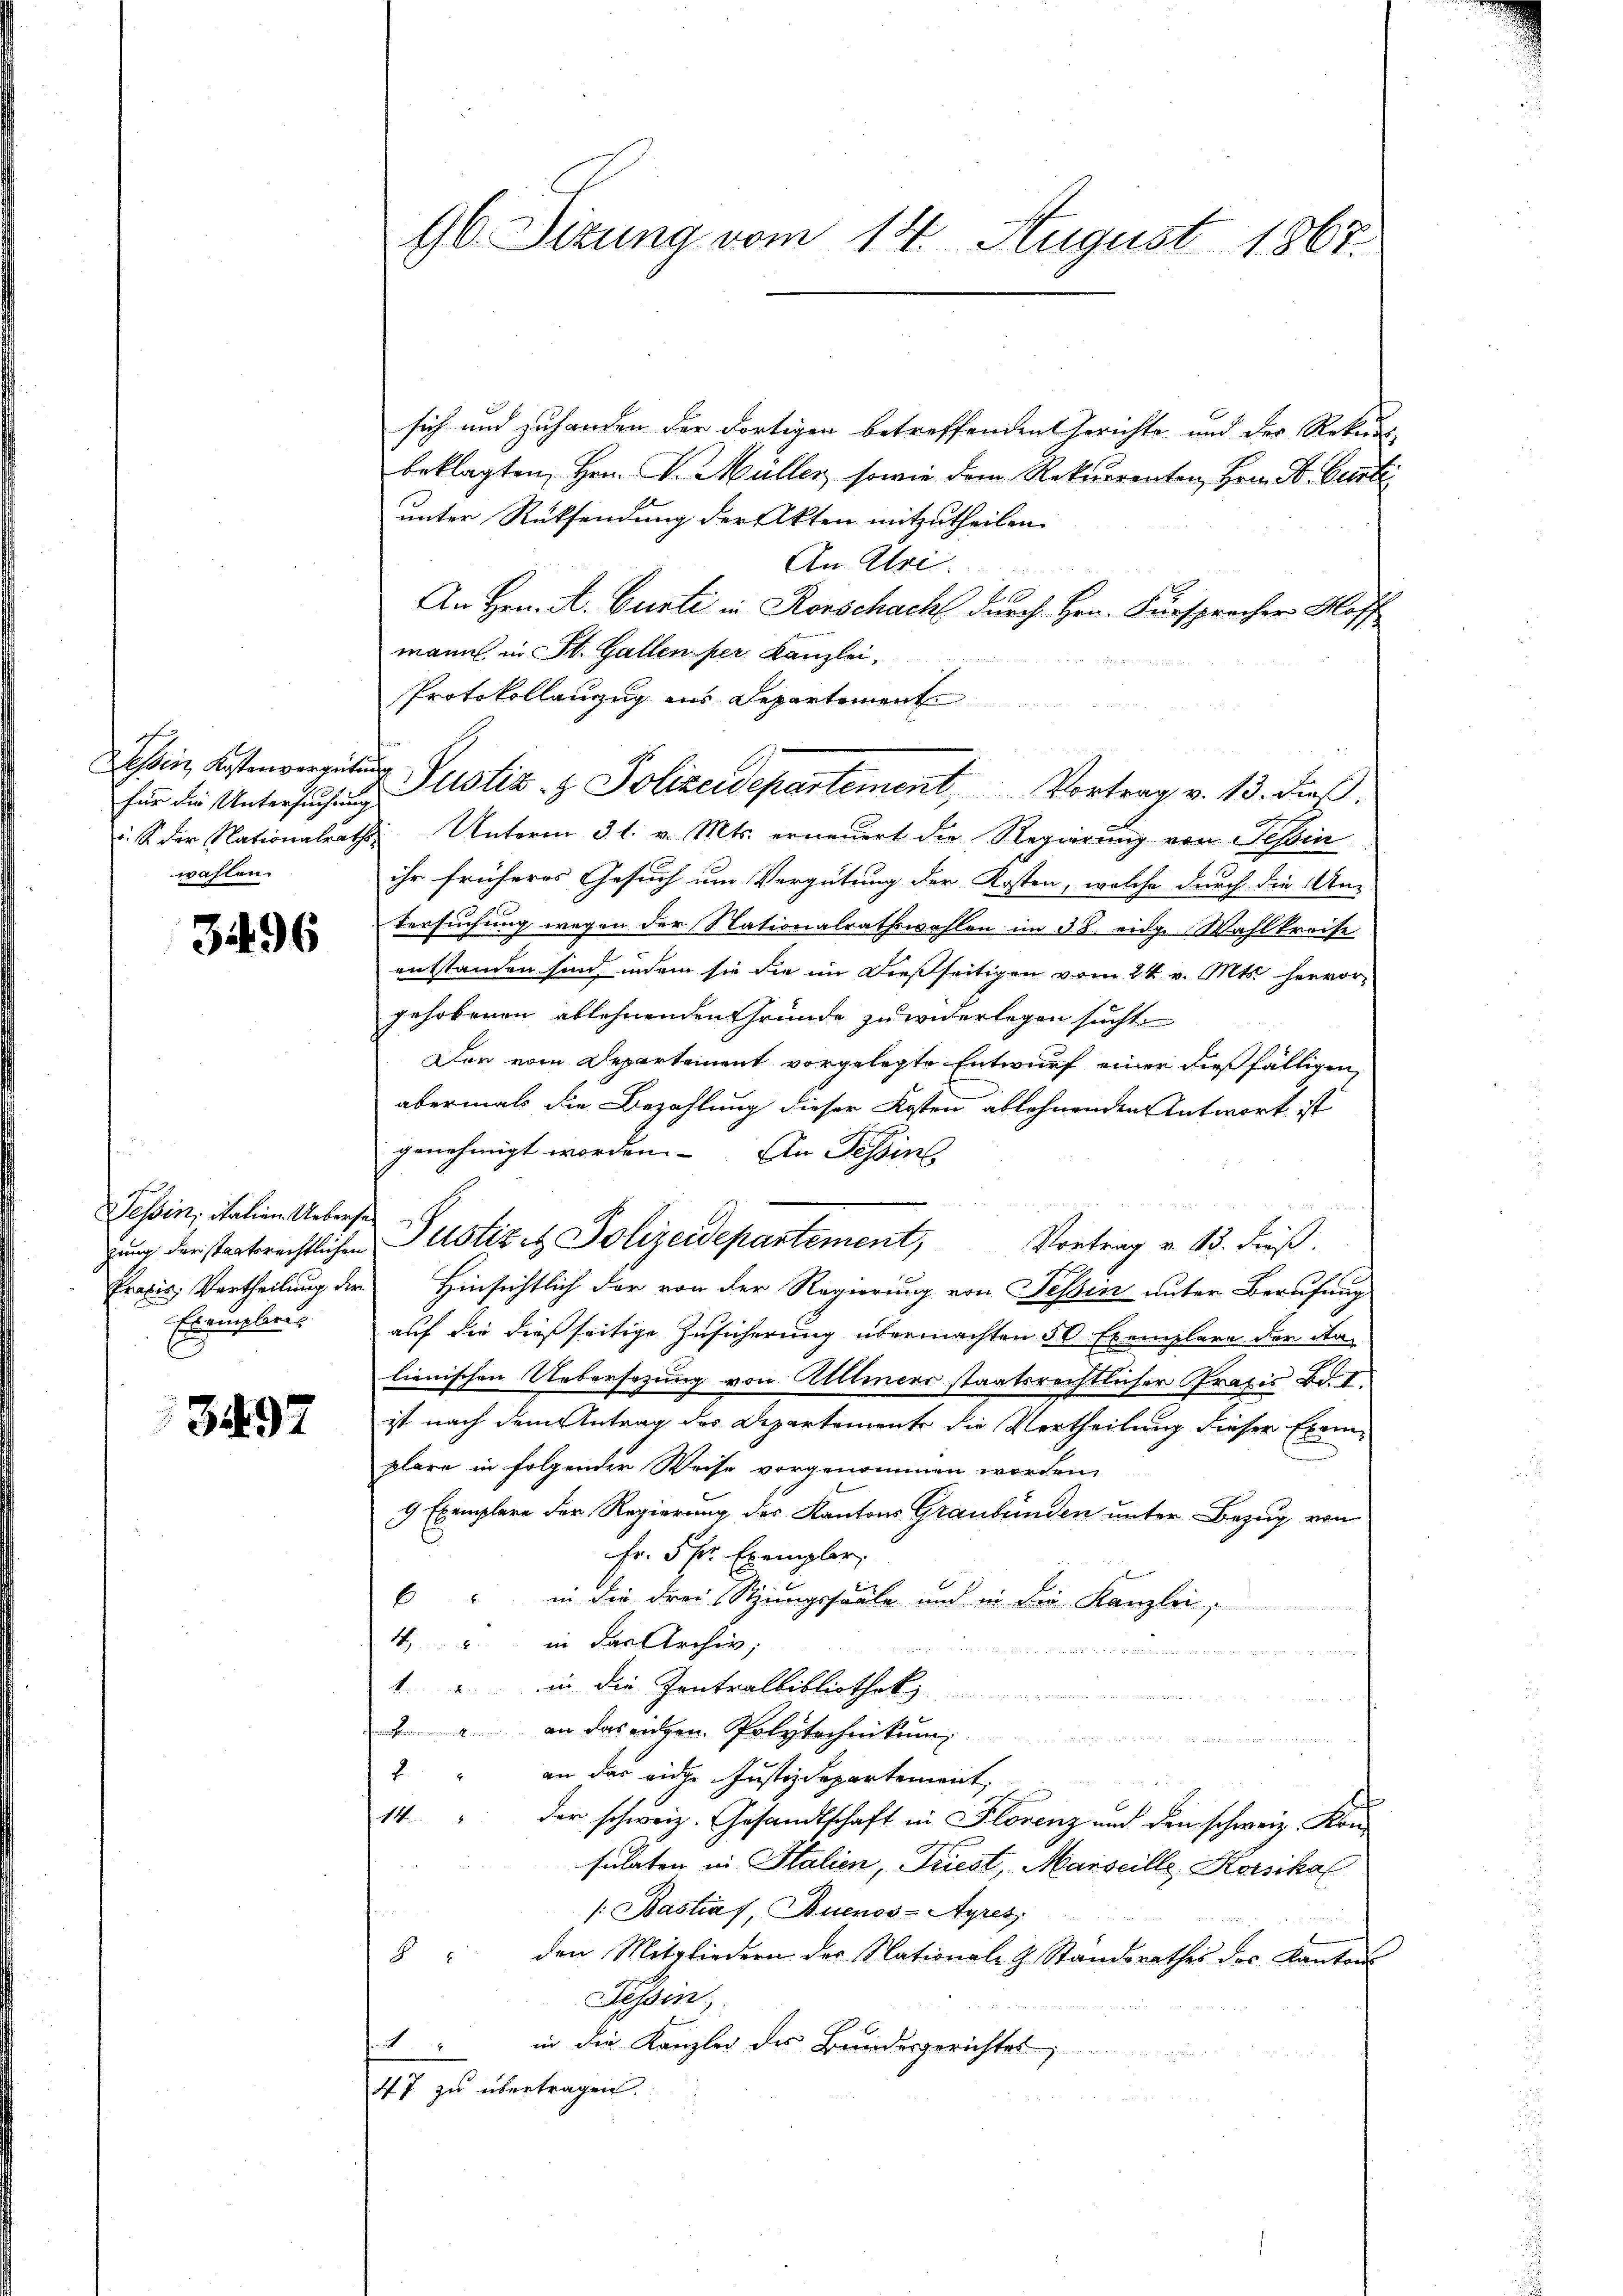
1
für die Untersuchung
wahlen.

3496

Tessin, italien Uebersa¬
Exemplarus

3497

96. Sizung vom 14. August 1867.

sich und zuhanden der dortigen betreffenden Gerichte und der Rekurs
beklagten Hrn. G. Müller, sowie dem Rekurrenten, Hrn. F. Curti
unter Rücksendung der Akten mitzutheilen.
An Absi
An Hrn. A. Curti in Rorschach durch Hrn. Fürspracher Kloff
e
mann in St. Gallen per Kanzlei,
Protokollanzug ins Departement
Dessen Kosten Justiz & Polizeidepartement, Vortrag v. 13. dieß.
. S. der Nationalrath Unterm 31. v. Mts. erneŭert die Regierung von Tessin
ihr früheres Gesuch um Vergütung der Kosten, welche durch die Un-
Versuchung wegen der Nationalrathswahlen im 38. eidg. Wahlkreise
entstanden sind, indem sie die im dießseitigen vom 24. v. Mts. hervor
gehobenen ablehnenden Gründe zu widerlegen sucht.
Den vom Departement vorgelegte Entwurf einer dießfälligen,
abermals die Bezahlung dieser Kosten ablehnenden Antwort ist
genehmigt worden. An Tessins
gung der staatsrechtlichen Justiz et Polizeidepartement, Vortrag v. 13. dieß.
Praxis, Vertheilung der Hinsichtlich der von der Regierung von Tessin unter Berufung
auf die dießseitige Zusicherung übermachten 50 Exemplare der Nalienischen Uebersezung von Allliers staatsrechtlicher Praxis Bd. I,
ist nach dem Antrag des Departements die Vertheilung dieser Exemplare in folgender Weise vorgenommen worden,
9 Exemplare der Regierung des Kantons Graubünden unter Bezug von
Fr. 5 fr. Exempler,
6" in die drei Stungssaale und in die Kanzlei,
4, in das Archiv,
e

" in die Zentralbibliothek
2 an das eidgen. Polytechnikum
n
2 " an das eidge Justizdepartement,
14 " der schweiz. Gesandtschaft in Florenz und den schweiz. Konsulaten in Italien, Friest, Marseille Korsikal
/: Bastias, Buenos-Ayres
8 " den Mitgliedern der Nationale J. Standsrathes des Kantons
Tessin,
1 " in die Kanzlei des Bundesgerichtes,
47 zu übertragen.